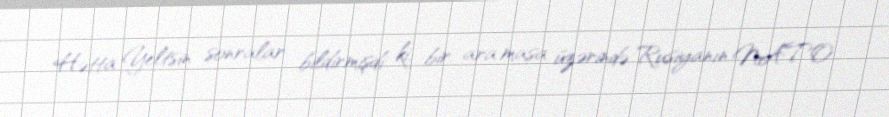
Hətta Yeltsin sonralar bildirmişdi ki, bir ara masa üzərində Rusiyanın NATO